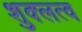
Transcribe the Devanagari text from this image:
शुक्लत्व